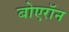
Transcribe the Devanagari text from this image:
बोएरॉन